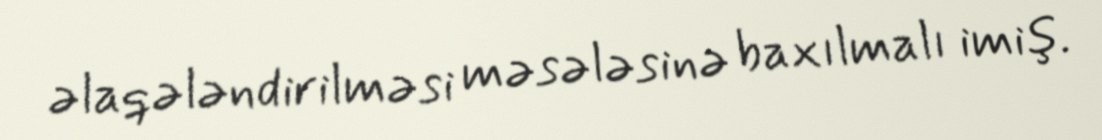
əlaqələndirilməsi məsələsinə baxılmalı imiş.